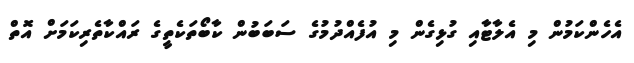
އެހެންކަމުން މި އެލާޓާއި ގުޅިގެން މި އުފެއްދުމުގެ ސަބަބުން ކާބޯތަކެތީގެ ރައްކާތެރިކަަމަށް އޮތް